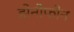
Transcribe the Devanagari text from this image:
झेनोफोन